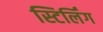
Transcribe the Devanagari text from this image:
स्टिर्लिंग